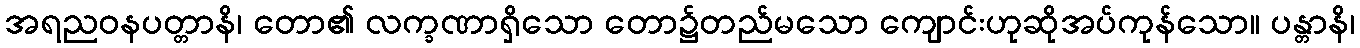
အရညဝနပတ္တာနိ၊ တော၏ လက္ခဏာရှိသော တော၌တည်မသော ကျောင်းဟုဆိုအပ်ကုန်သော။ ပန္တာနိ၊